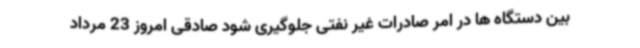
بین دستگاه ها در امر صادرات غیر نفتی جلوگیری شود صادقی امروز 23 مرداد